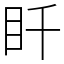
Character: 䀒